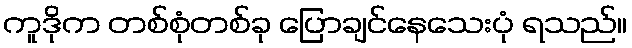
ကူဒိုက တစ်စုံတစ်ခု ပြောချင်နေသေးပုံ ရသည်။